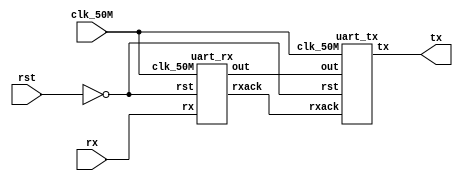
module uart(clk_50M, rst, rx, tx);
    input clk_50M, rst; //50MHz
    input rx;
    output tx;

    wire rxack;
    wire [7:0] out;

    uart_rx rx1(clk_50M, ~rst, rx, out, rxack);
    uart_tx tx1(clk_50M, ~rst, out, rxack, tx);

endmodule

module uart_rx(clk_50M, rst, rx, out, rxack);
    input clk_50M, rst; //50MHz
    input rx;
    output rxack;
    output reg [7:0] out;
    parameter CLKDIV_9600=5208, CLKDIV_115200=434;
    parameter RxIdle=3'd0, RxReceive=3'd1, RxStop=3'd2, RxFail=3'd3;
    reg [12:0] cnt_rx;
    reg [3:0] receiveCnt;
    reg [2:0] state_rx, ns_rx;
    wire pulse_rx;
    assign pulse_rx = cnt_rx == CLKDIV_115200;

    always@(posedge clk_50M)
    begin
        if(rst)
            state_rx <= RxIdle;
        else
            state_rx <= ns_rx;
    end

    always@(*)
    begin
        ns_rx = state_rx;
        case(state_rx)
            RxIdle:
                ns_rx = ~rx ? RxReceive : RxIdle;
            RxReceive:
                ns_rx = pulse_rx & receiveCnt == 4'd8 ? RxStop : RxReceive;
            RxStop:
                ns_rx = rx ? RxIdle : RxFail;
            RxFail:
                ns_rx = rx ? RxIdle : RxFail;
        endcase
    end

    always@(posedge clk_50M)
    begin
        if(rst)
            cnt_rx <= 13'b0;
        else if(state_rx == RxIdle || state_rx == RxFail)
            cnt_rx <= 13'b0;
        else
            cnt_rx <= pulse_rx ? 13'b0 : cnt_rx + 13'b1;
    end

    always@(posedge clk_50M)
    begin
        if(rst)
            receiveCnt <= 4'd0;
        else if(state_rx == RxReceive)
            receiveCnt <= pulse_rx ? receiveCnt + 4'd1 : receiveCnt;
        else
            receiveCnt <= 4'd0;
    end

    always@(posedge clk_50M)
    begin
        if(rst)
            out <= 8'b0;
        else if(state_rx != RxReceive)
            out <= 8'b0;
        else if((state_rx == RxReceive) & (receiveCnt < 8) & pulse_rx)
            out <= {rx, out[7:1]};
    end

    //assign rxack = (state_rx == RxReceive) & (receiveCnt == 4'd7) & rx;
    assign rxack = (state_rx == RxStop) & rx;

endmodule

//--------

module uart_tx(clk_50M, rst, out, rxack, tx);
    input clk_50M, rst; //50MHz
    input rxack;
    input [7:0] out;
    output reg tx;
    parameter CLKDIV_9600=13'd5208, CLKDIV_115200=13'd434;
    parameter TxIdle=2'd0, TxStart=2'd1, TxTransmit=2'd2;
    reg [1:0] state_tx, ns_tx;
    reg [12:0] cnt_tx;
    reg [7:0] tdr;
    reg [3:0] transmitCnt;
    assign pulse_tx = cnt_tx == CLKDIV_115200;

    always@(posedge clk_50M) begin
        if(rst)
            state_tx <= TxIdle;
        else
            state_tx <= ns_tx;
    end

    always@(*) begin
        ns_tx = state_tx;
        case(state_tx)
            TxIdle:
                ns_tx = rxack /*pulse_tx*/ ? TxStart : TxIdle;
            TxStart:
                ns_tx = pulse_tx ? TxTransmit : TxStart;
            TxTransmit:
                ns_tx = pulse_tx ? transmitCnt < 7 ? TxTransmit : TxIdle : TxTransmit;
        endcase
    end

    always@(posedge clk_50M) begin
        if(rst)
            tdr <= 8'b0;
        else if(state_tx == TxIdle & rxack)
            tdr <= out; //8'b01010101;
        else if(state_tx == TxTransmit & pulse_tx)
            tdr <= {1'b0, tdr[7:1]};
    end

    always@(posedge clk_50M) begin
        if(rst)
            transmitCnt <= 4'd0;
        else if (state_tx != TxTransmit)
            transmitCnt <= 4'd0;
        else if(state_tx == TxTransmit)
            transmitCnt <=  pulse_tx ? transmitCnt + 4'd1 : transmitCnt;
    end

    always@(posedge clk_50M) begin
        if(rst)
            cnt_tx <= 13'b0;
        else
            //cnt_tx <= pulse_tx ? 13'b0 : cnt_tx + 13'b1;
            cnt_tx <= pulse_tx ? 13'b0 : (state_tx == TxIdle ? 13'b0 : cnt_tx + 13'b1);
    end

    always@(*) begin
        tx = 1'b1;
        case(state_tx)
            TxIdle:
                tx = 1'b1;
            TxStart:
                tx = 1'b0;
            TxTransmit:
                tx = tdr[0];
        endcase
    end
endmodule